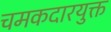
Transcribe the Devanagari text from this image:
चमकदारयुक्त